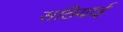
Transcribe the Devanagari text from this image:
सठियाई